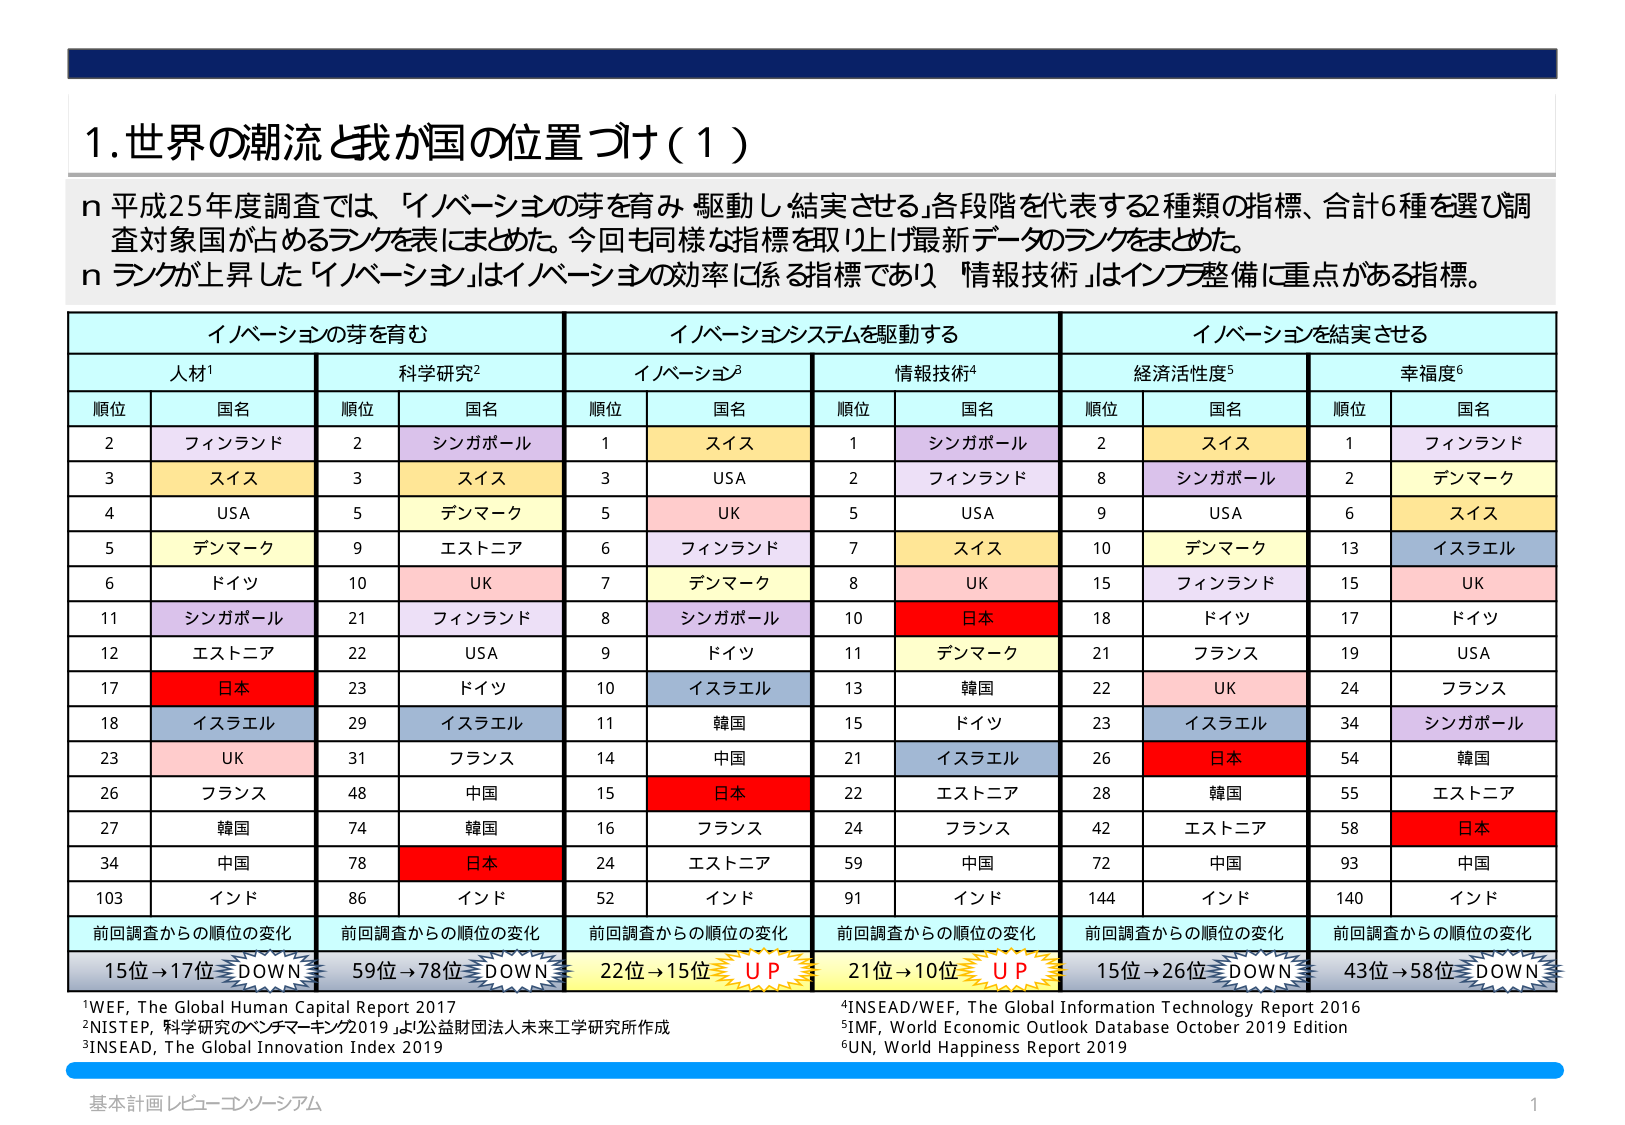
1. 世界の潮流と我が国の位置づけ（1）

n 平成25年度調査では、「イノベーションの芽を育み 駆動し 結実させる」各段階を代表する2種類の指標、合計6種を選び調査対象国が占めるランクを表にまとめた。今回も同様な指標を取り上げ最新データのランクをまとめた。
n ランクが上昇した「イノベーション」はイノベーションの効率に係る指標であり、「情報技術」はインフラ整備に重点がある指標。

イノベーションの芽を育む　　　　　　　イノベーションシステムを駆動する　　　　　　　イノベーションを結実させる

人材¹　　　　　　　　　　　　　　　科学研究²　　　　　　　　　　　　　　　イノベーション³　　　　　　　　　　　　　情報技術⁴　　　　　　　　　　　　　経済活性度⁵　　　　　　　　　　　　　幸福度⁶

順位　国名　　　　　　　　　　　順位　国名　　　　　　　　　　　順位　国名　　　　　　　　　　　順位　国名　　　　　　　　　　　順位　国名　　　　　　　　　　　順位　国名

2　フィンランド　　　　　　　　2　シンガポール　　　　　　　　1　スイス　　　　　　　　　　　1　シンガポール　　　　　　　　2　スイス　　　　　　　　　　　1　フィンランド
3　スイス　　　　　　　　　　　3　スイス　　　　　　　　　　　3　USA　　　　　　　　　　　　2　フィンランド　　　　　　　　8　シンガポール　　　　　　　　2　デンマーク
4　USA　　　　　　　　　　　　5　デンマーク　　　　　　　　5　UK　　　　　　　　　　　　5　USA　　　　　　　　　　　　9　USA　　　　　　　　　　　　6　スイス
5　デンマーク　　　　　　　　9　エストニア　　　　　　　　6　フィンランド　　　　　　　7　スイス　　　　　　　　　　　10　デンマーク　　　　　　　　13　イスラエル
6　ドイツ　　　　　　　　　　　10　UK　　　　　　　　　　　7　デンマーク　　　　　　　　8　UK　　　　　　　　　　　　15　フィンランド　　　　　　　　15　UK
11　シンガポール　　　　　　　21　フィンランド　　　　　　　8　シンガポール　　　　　　　10　日本　　　　　　　　　　　18　ドイツ　　　　　　　　　　　17　ドイツ
12　エストニア　　　　　　　　22　USA　　　　　　　　　　　9　ドイツ　　　　　　　　　　　11　デンマーク　　　　　　　　21　フランス　　　　　　　　　19　USA
17　日本　　　　　　　　　　　23　ドイツ　　　　　　　　　10　イスラエル　　　　　　　　13　韓国　　　　　　　　　　　22　UK　　　　　　　　　　　　24　フランス
18　イスラエル　　　　　　　　29　イスラエル　　　　　　　11　韓国　　　　　　　　　　　15　ドイツ　　　　　　　　　　　23　イスラエル　　　　　　　　34　シンガポール
23　UK　　　　　　　　　　　　31　フランス　　　　　　　　14　中国　　　　　　　　　　　21　イスラエル　　　　　　　　26　日本　　　　　　　　　　　54　韓国
26　フランス　　　　　　　　48　中国　　　　　　　　　　　15　日本　　　　　　　　　　　22　エストニア　　　　　　　　28　韓国　　　　　　　　　　　55　エストニア
27　韓国　　　　　　　　　　　74　韓国　　　　　　　　　　　16　フランス　　　　　　　　24　フランス　　　　　　　　42　エストニア　　　　　　　　58　日本
34　中国　　　　　　　　　　　78　日本　　　　　　　　　　　24　エストニア　　　　　　　　59　中国　　　　　　　　　　　72　中国　　　　　　　　　　　93　中国
103　インド　　　　　　　　　　86　インド　　　　　　　　　　52　インド　　　　　　　　　　91　インド　　　　　　　　　　144　インド　　　　　　　　　　140　インド

前回調査からの順位の変化　　　　　前回調査からの順位の変化　　　　　前回調査からの順位の変化　　　　　前回調査からの順位の変化　　　　　前回調査からの順位の変化　　　　　前回調査からの順位の変化

15位→17位 DOWN　　　　　　　　59位→78位 DOWN　　　　　　　　22位→15位 UP　　　　　　　　　　21位→10位 UP　　　　　　　　　　15位→26位 DOWN　　　　　　　　43位→58位 DOWN

¹WEF, THE Global Human Capital Report 2017
²NISTEP, 科学研究のベンチマーキング2019 より公益財団法人未来工学研究所作成
³INSEAD, The Global Innovation Index 2019
⁴INSEAD/WEF, The Global Information Technology Report 2016
⁵IMF, World Economic Outlook Database October 2019 Edition
⁶UN, World Happiness Report 2019

基本計画レビュー・コンソーシアム
1